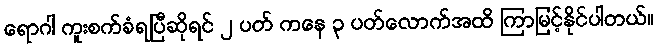
ရောဂါ ကူးစက်ခံရပြီဆိုရင် ၂ ပတ် ကနေ ၃ ပတ်လောက်အထိ ကြာမြင့်နိုင်ပါတယ်။